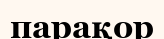
парақор